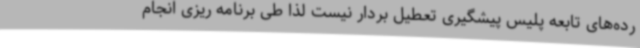
رده‌های تابعه پلیس پیشگیری تعطیل بردار نیست لذا طی برنامه ریزی انجام